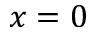
x = 0